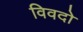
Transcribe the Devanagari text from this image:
विवदो